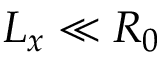
L _ { x } \ll R _ { 0 }